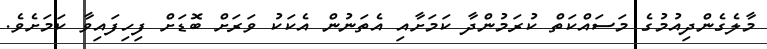
މާލެގެންދިއުމުގެ މަސައްކަތް ކުރަމުންދާ ކަމަށާއި އެތަނުން އެކަކު ވަރަށް ބޮޑަށް ފިހިފައިވާ ކަމަށެވެ.